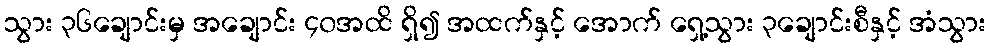
သွား ၃၆ချောင်းမှ အချောင်း ၄၀အထိ ရှိ၍ အထက်နှင့် အောက် ရှေ့သွား ၃ချောင်းစီနှင့် အံသွား